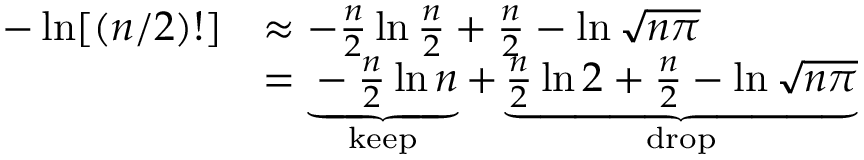
{ \begin{array} { r l } { - \ln [ ( n / 2 ) ! ] } & { \approx - { \frac { n } { 2 } } \ln { \frac { n } { 2 } } + { \frac { n } { 2 } } - \ln { \sqrt { n \pi } } } \\ & { = \underbrace { - { \frac { n } { 2 } } \ln n } _ { \mathrm { k e e p } } + \underbrace { { \frac { n } { 2 } } \ln 2 + { \frac { n } { 2 } } - \ln { \sqrt { n \pi } } } _ { \mathrm { d r o p } } } \end{array} }